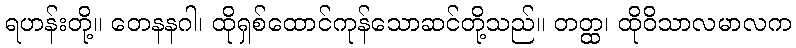
ရဟန်းတို့။ တေနနဂါ၊ ထိုရှစ်ထောင်ကုန်သောဆင်တို့သည်။ တတ္ထ၊ ထိုဝိသာလမာလက